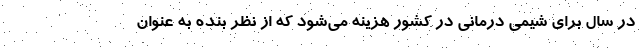
در سال برای شیمی درمانی در کشور هزینه می‌شود که از نظر بنده به عنوان